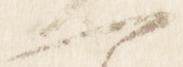
一